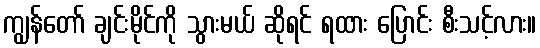
ကျွန်တော် ချင်းမိုင်ကို သွားမယ် ဆိုရင် ရထား ပြောင်း စီးသင့်လား။